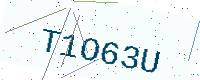
Text: T1O63U